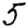
Digit: 5